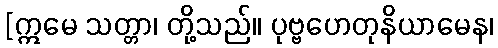
[ဣမေ သတ္တာ၊ တို့သည်။ ပုဗ္ဗဟေတုနိယာမေန၊